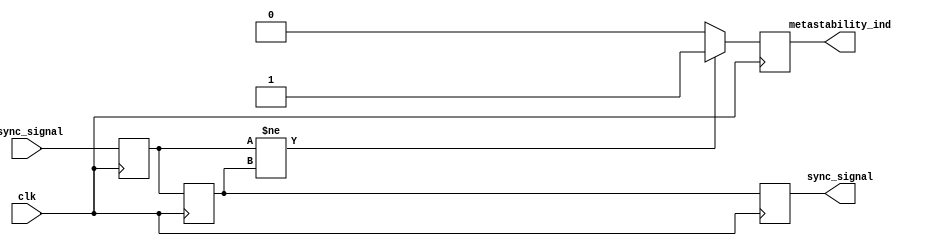
module metastability_detector (
    input wire clk,               // Clock signal
    input wire async_signal,      // Asynchronous input signal
    output reg metastability_ind,  // Metastability indicator output
    output reg sync_signal         // Synchronized output signal
);

    // Internal signals for the flip-flops
    reg ff1_out;                  // Output of the first flip-flop
    reg ff2_out;                  // Output of the second flip-flop

    // First flip-flop (sampling the asynchronous signal)
    always @(posedge clk) begin
        ff1_out <= async_signal;
    end

    // Second flip-flop (sampling the output of the first flip-flop)
    always @(posedge clk) begin
        ff2_out <= ff1_out;
    end

    // Metastability detection logic
    always @(posedge clk) begin
        // Check if the outputs of the two flip-flops differ
        if (ff1_out != ff2_out) begin
            metastability_ind <= 1'b1; // Metastability detected
        end else begin
            metastability_ind <= 1'b0; // No metastability
        end
        sync_signal <= ff2_out; // Synchronized output
    end

endmodule